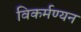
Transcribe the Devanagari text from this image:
विकर्मण्यन